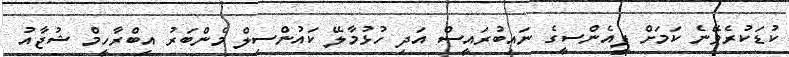
ކުޑަކުރެވޭނެ ކަމަށް ޕީއެންސީގެ ނައިބުރައީސް އަދި ހުޅުމާލޭ ކައުންސިލް މެންބަރު އިބްރާހީމް ޝުޖާއު